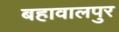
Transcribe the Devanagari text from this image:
बहावालपुर